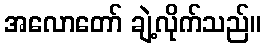
အလောတော် ချဲ့လိုက်သည်။